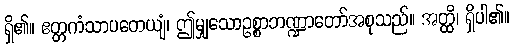
ရှိ၏။ ဧတ္တကံသာပတေယျံ၊ ဤမျှသောဥစ္စာဘဏ္ဍာတော်အစုသည်။ အတ္ထိ၊ ရှိပါ၏။